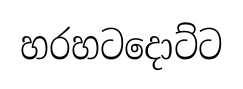
හරහටදොට්ට